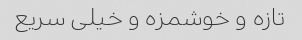
تازه و خوشمزه و خیلی سریع